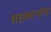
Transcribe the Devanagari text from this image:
सहकार्यांचा